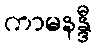
ကာမနန္ဒီ